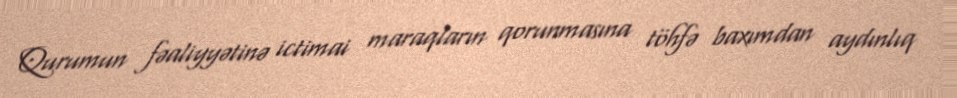
Qurumun fəaliyyətinə ictimai maraqların qorunmasına töhfə baxımdan aydınlıq